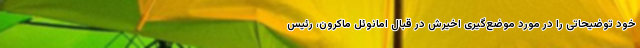
خود توضیحاتی را در مورد موضع‌گیری اخیرش در قبال امانوئل ماکرون، رئیس